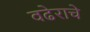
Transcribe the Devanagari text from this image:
वढेराचे